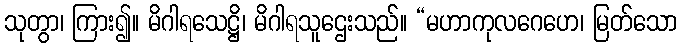
သုတွာ၊ ကြား၍။ မိဂါရသေဋ္ဌိ၊ မိဂါရသူဌေးသည်။ “မဟာကုလဂေဟေ၊ မြတ်သော